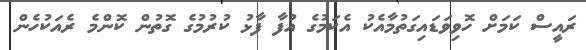
ރައީސް ކަމަށް ހޮވިވަޑައިގަތުމާއެކު އެކަމުގެ އުފާ ފާޅު ކުރުމުގެ ގޮތުން ކޮންމެ ރެއަކުހެން